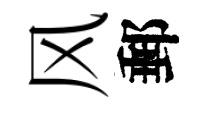
风郵